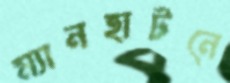
ম্যানহাটনে